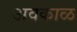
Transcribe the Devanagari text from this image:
अवकाळ